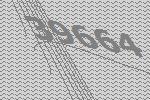
39664